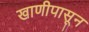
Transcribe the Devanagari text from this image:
खाणीपासून